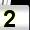
Digit: 2